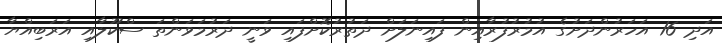
އަދި 16 އަހަރުންދަށުގެ އުމުރުފުރާއިން ފައިނަލަށް ދަތުރުކޮށްފައި ވަނީ ދަރުމަވަންތަ ސްކޫލާއި އަރަބިއްޔާ